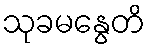
သုခမနွေတိ